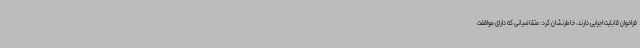
فراخوان قابلیت اجرایی دارند، خاطرنشان کرد: متقاضیانی که دارای موافقت